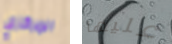
المركزي عليها